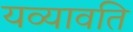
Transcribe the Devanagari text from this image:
यव्यावति